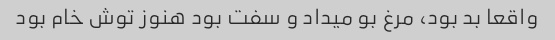
واقعا بد بود، مرغ بو میداد و سفت بود هنوز توش خام بود